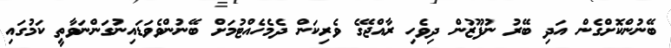
ބޭނުންކޮށްގެން އަދި ބޭރު ނުފޫޒުން ދިވެހި ރާއްޖޭގެ ވެރިކަން ދެމެހެއްޓުމަށް ބޭނުންވެވަޑައިނުގަންނަވާތީ ކަމުގައި